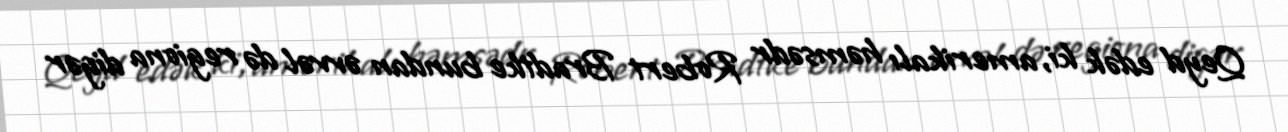
Qeyd edək ki, amerikalı həmsədr Robert Bradtke bundan əvvəl də regiona digər